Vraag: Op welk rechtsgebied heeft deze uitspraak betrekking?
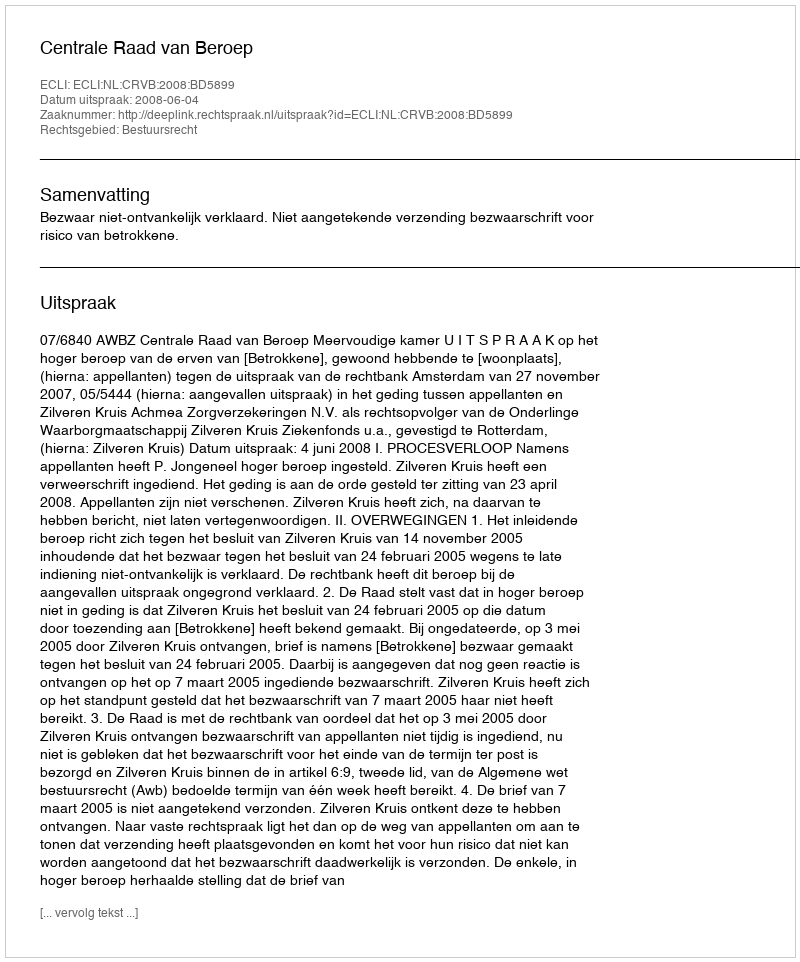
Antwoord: Bestuursrecht